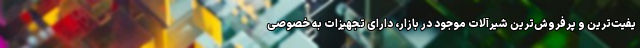
یفیت‌ترین و پرفروش‌ترین شیرآلات موجود در بازار، دارای تجهیزات به خصوصی